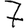
Digit: 7